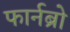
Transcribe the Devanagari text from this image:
फार्नब्रो